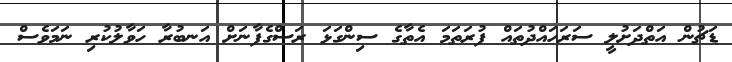
ޑަޗުން އަތްދަށުލީ ސަރަހައްދުތައް ފުރަތަމަ އެތާގެ ސިންގަޅަ ރަސްގެފާނަށް އަނބުރާ ހަވާލުކުރި ނަމަވެސް